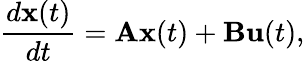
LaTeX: \frac{d\textbf{x}(t)}{dt}=\textbf{A}\textbf{x}(t)+\textbf{B}\textbf{u}(t),